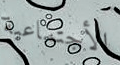
الأجتماعية